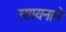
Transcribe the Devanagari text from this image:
रसायनाने